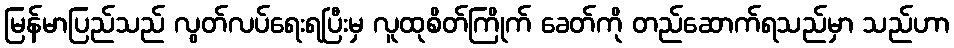
မြန်မာပြည်သည် လွတ်လပ်ရေးရပြီးမှ လူထုစိတ်ကြိုက် ခေတ်ကို တည်ဆောက်ရသည်မှာ သည်ဟာ